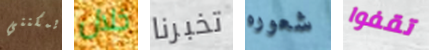
يمكنني خلال تخبرنا شعوره تقفوا